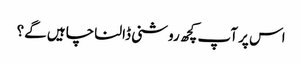
اس پر آپ کچھ روشنی ڈالنا چاہیں گے؟